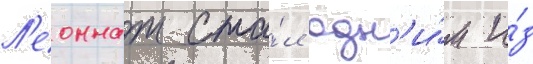
Л'еоннат ста́л одн'и́м и́з